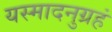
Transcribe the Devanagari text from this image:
यस्मादनुग्रहं